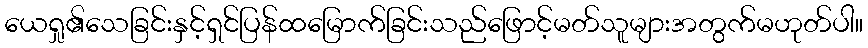
ယေရှု၏သေခြင်းနှင့်ရှင်ပြန်ထမြောက်ခြင်းသည်ဖြောင့်မတ်သူများအတွက်မဟုတ်ပါ။